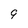
Character: 9